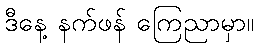
ဒီနေ့ နက်ဖန် ကြေညာမှာ။